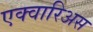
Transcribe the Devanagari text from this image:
एक्वारिअस